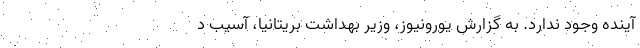
آینده وجود ندارد. به گزارش یورونیوز، وزیر بهداشت بریتانیا، آسیب د